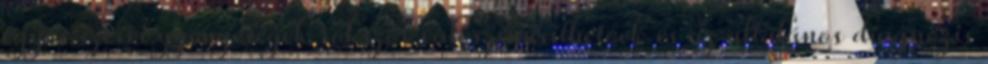
egyes szervi gyengeségek sokszor valószínűsíthetőek és az általános diagnózis